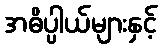
အဓိပ္ပါယ်များနှင့်